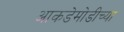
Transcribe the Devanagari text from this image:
आकडेमोडीच्या